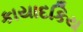
કાયાદકિય